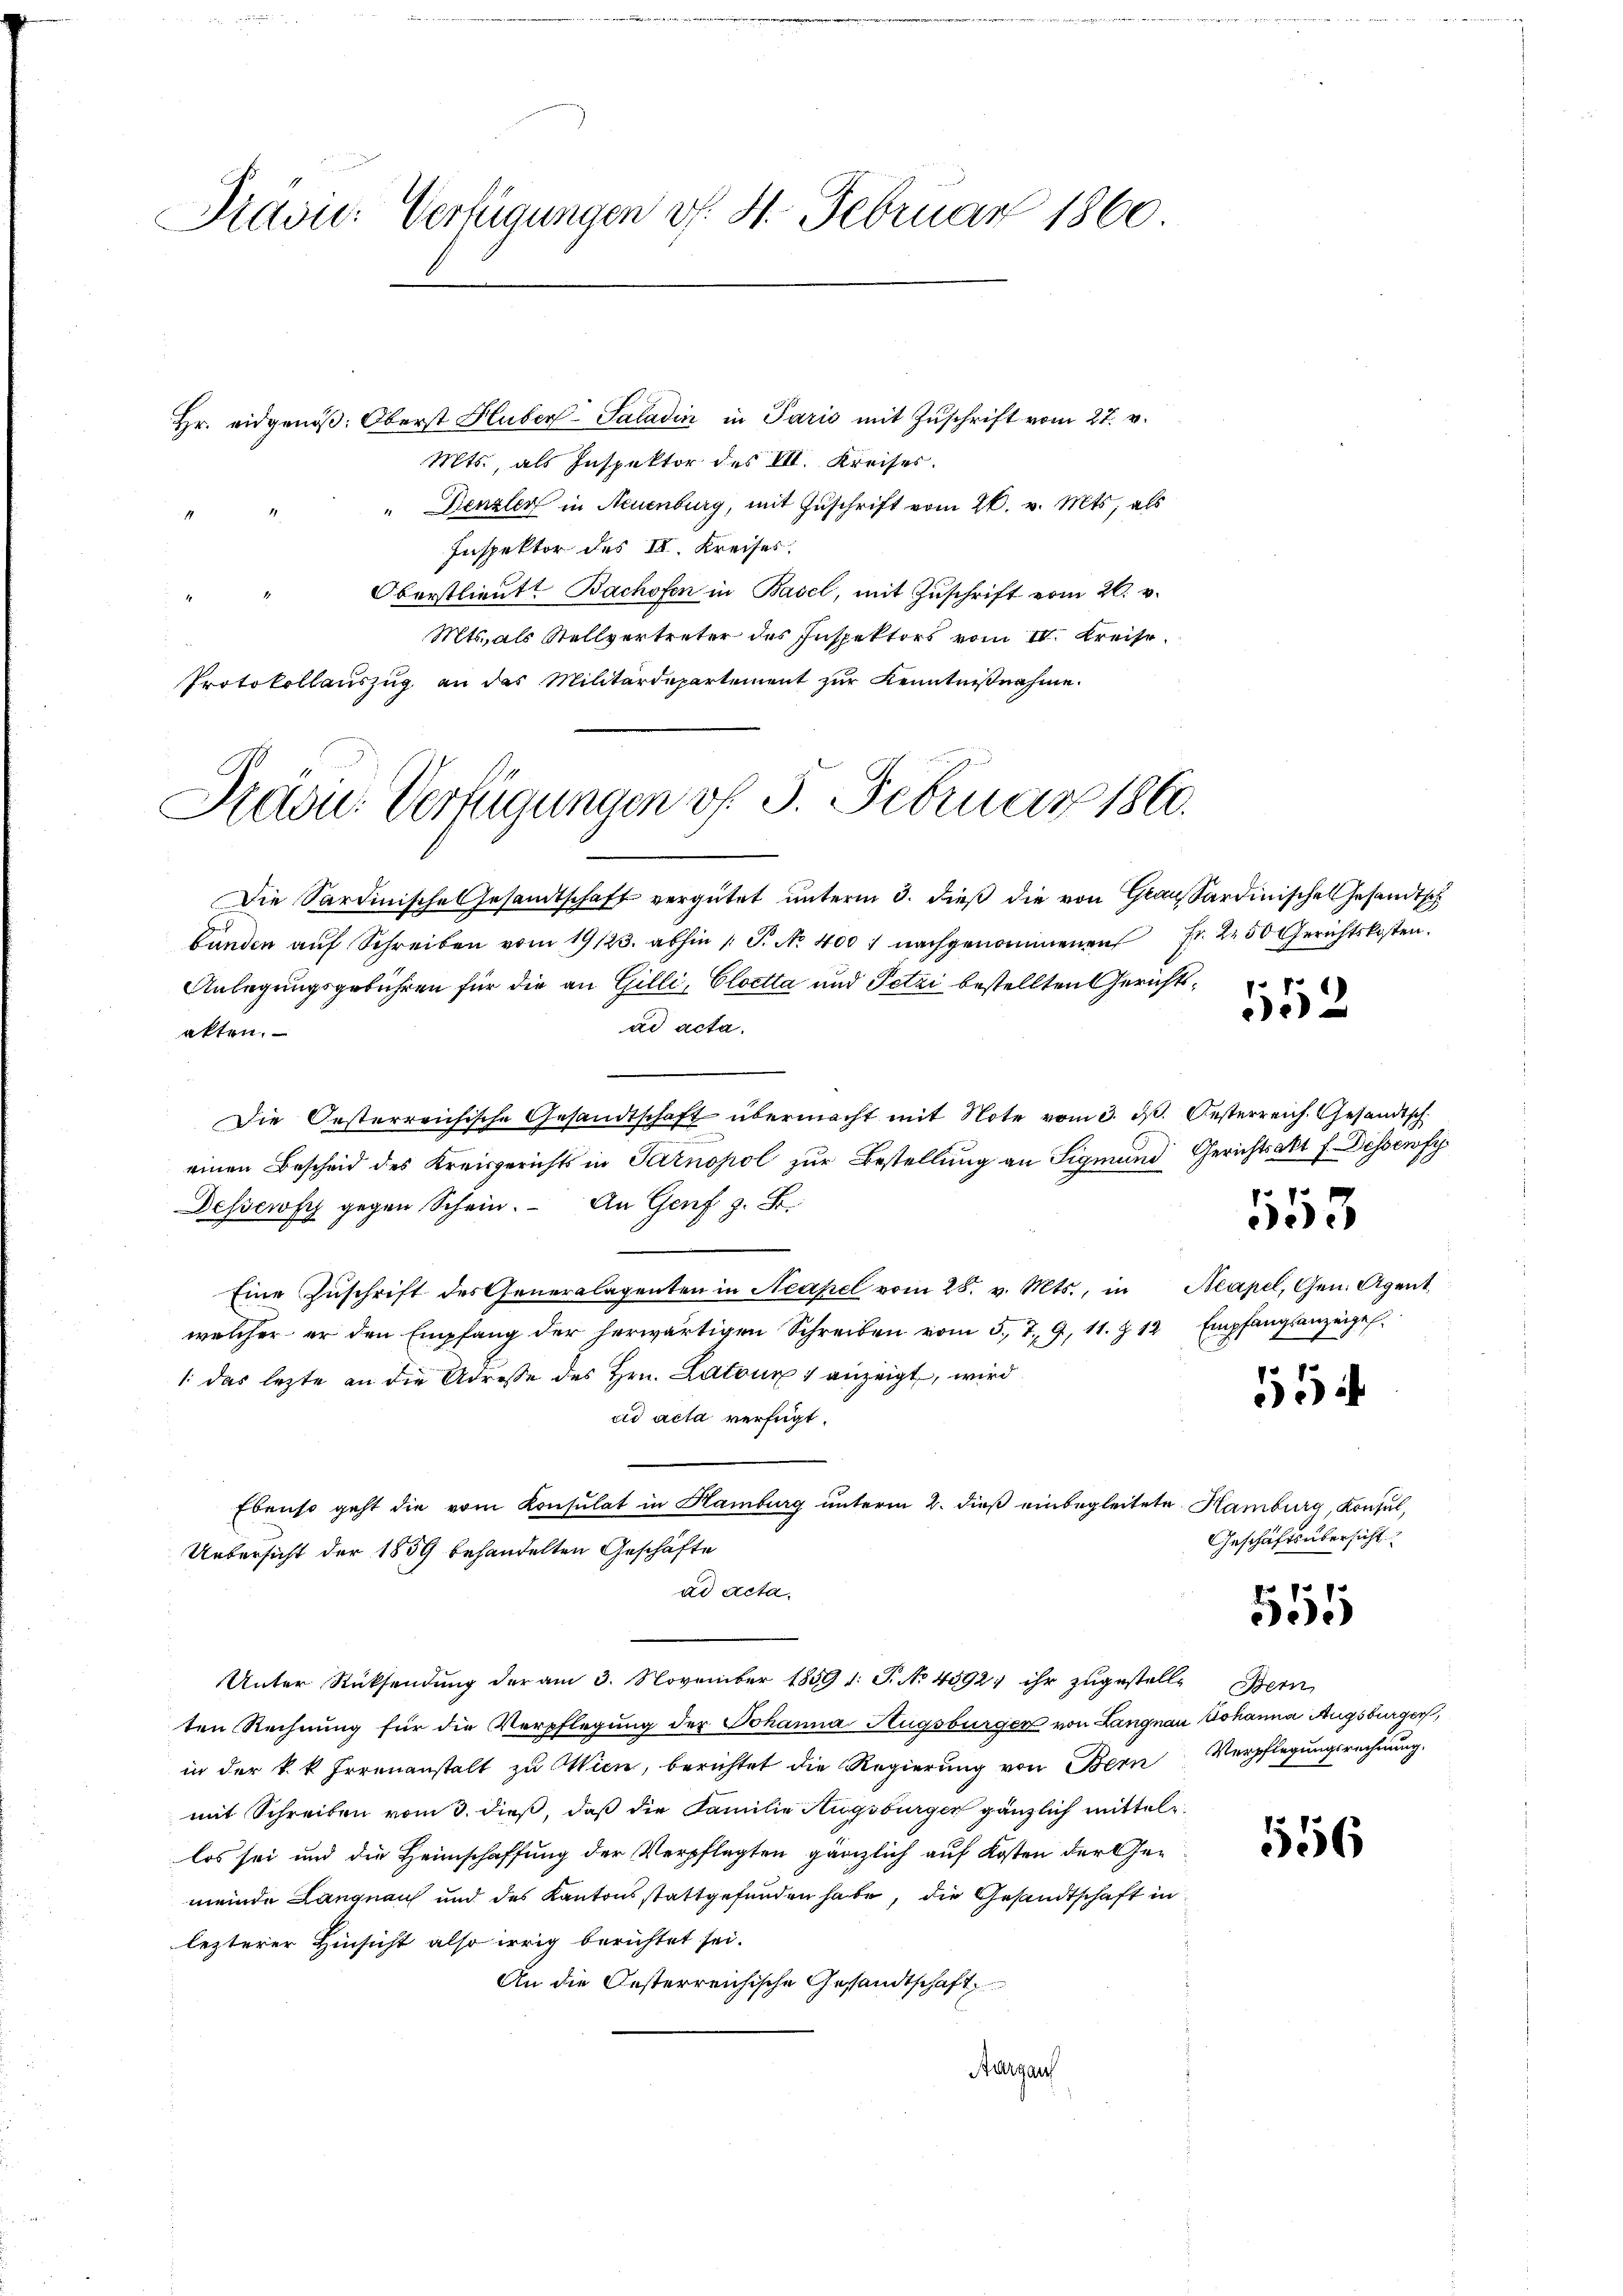
Prävić: Verfügungen v. 4. Februar 1860

Hr. eidgenöß: Oberst Huber-Paladin in Paris mit Zuschrift vom 27. v.
Mts., als Inspektor des VII. Kreises.
" Denzler in Neuenburg, mit Zuschrift vom 26. v. Mts, als
Inspektor des II. Kreises.
Oberstlieut. Bachofen in Basel, mit Zuschrift vom 20. v.
Mts., als Stellvertreter des Inspektors vom II. Kreise.
Protokollauszug an das Militärdepartement zur Kenntnißnahme.
Die Sardinische Gesandtschaft vergütet unterm 3. dieß die von Graussardinische Gesandtsch
kunden auf Schreiben vom 19 123. abhin 1 S. Nr. 400 : nachgenommenen Fr. 2 50 Gerichtskosten.
Anlegungsgebühren für die an Gilli, Cloetta und Petri bestellten Gerichtsad acta.
akten.
Die Oesterreichische Gesandtschaft übermacht mit Note vom 3. d. Oesterreich. Gesandtsch
einen Bescheid des Kreisgerichts in Tarnopol zur Bestellung an Sigmund Gerichtsakt f. Dessen fy
Dessersch gegen Schein. An Genf z. B.
Eine Zŭschrift des Generalagenten in Neapel vom 28. v. Mts., in Neapel, Gen. Agent
welcher er den Empfang der herwärtigen Schreiben vom 5. 7. 9, 11. Z 12
1 das lezte an die Adresse des Hrn. Latour 1 anzeigt, wird
ud acta verfügt:
Ebenso geht die vom Konsulat in Hamburg unterm 2. dieß einbegleitete Hamburg, Konsul,
Uebersicht der 1859 behandelten Geschäfte
ad acta.
Unter Rücksendung der am 3. November 1859 1: S. No 4892; ihr zugestelle Bern
ten Rechnung für die Verpflegung der Johanna Augsburger von Langnau Johanna Augsburger,
in der k. k. Irrenanstalt zu Wien, berichtet die Regierung von Bern
mit Schreiben vom 3. dieß, daß die Familie Augsburger gänzlich mittel
los sei und die Heimschaffung der Verpflegten gänzlich auf Kosten der Gemeinde Langnau und des Kantons stattgefunden habe, die Gesandtschaft in
lezterer Hinsicht also irrig berichtet sei.
An die Oesterreichische Gesandtschaft
Aargauf

Prädie Verfügungen v. 3. Februar 1860.

pf

2

p. 7
e
Empfangsanzeigel.

15

Geschäftsübersicht
 90

)

Verpflegungsrechnung.

556